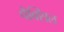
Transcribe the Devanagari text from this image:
पैक्सिल